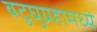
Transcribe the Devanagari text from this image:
बटुघुग्रहामध्ये